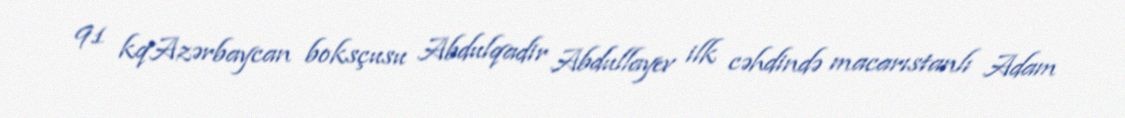
91 kqAzərbaycan boksçusu Abdulqadir Abdullayev ilk cəhdində macarıstanlı Adam